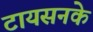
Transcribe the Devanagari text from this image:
टायसनके